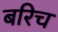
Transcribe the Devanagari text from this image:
बरिच